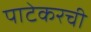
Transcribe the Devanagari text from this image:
पाटेकरची